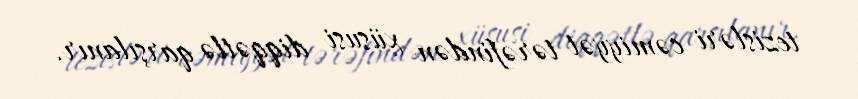
tezisləri cəmiyyət tərəfindən xüsusi diqqətlə qarşılanır.